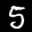
Label: 5